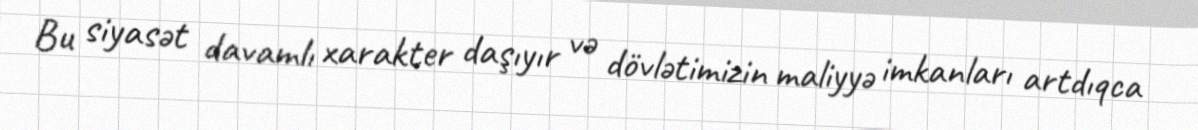
Bu siyasət davamlı xarakter daşıyır və dövlətimizin maliyyə imkanları artdıqca